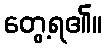
တွေ့ရ၏။